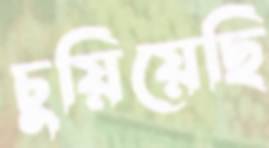
চুয়িয়েছি